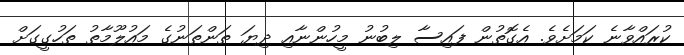
ކުރައްވާނެ ކަމަށެވެ. އެގޮތުން ފައިސާ ލިބުނު މީހުންނާއި ދިޔަ ތަންތަނުގެ މައުލޫމާތު ތަހުގީގަށް